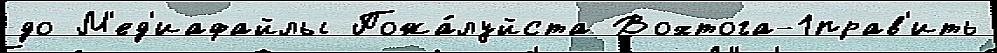
до М'ед'иафайлы Пожа́луйста Вохтога-1прав'ить